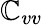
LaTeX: \mathbb{C}_{vv}